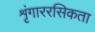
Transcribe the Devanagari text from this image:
शृंगाररसिकता